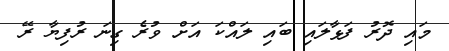
މައި ދޮރު ފަޅާލައި ބައި ލައްކަ އަށް ވުރެ ގިނަ ރުފިޔާ ރޭ